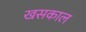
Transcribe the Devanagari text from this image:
खसकाल